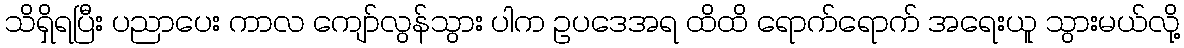
သိရှိရပြီး ပညာပေး ကာလ ကျော်လွန်သွား ပါက ဥပဒေအရ ထိထိ ရောက်ရောက် အရေးယူ သွားမယ်လို့